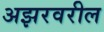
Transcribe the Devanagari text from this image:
अझरवरील